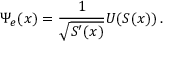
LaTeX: \Psi _ { e } ( x ) = \frac { 1 } { \sqrt { S ^ { \prime } ( x ) } } U ( S ( x ) ) \, .